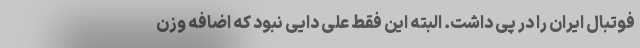
فوتبال ایران را در پی داشت. البته این فقط علی دایی نبود که اضافه وزن